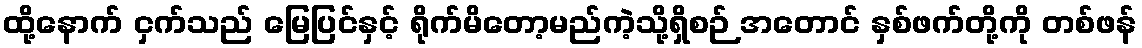
ထို့နောက် ငှက်သည် မြေပြင်နှင့် ရိုက်မိတော့မည်ကဲ့သို့ရှိစဉ် အတောင် နှစ်ဖက်တို့ကို တစ်ဖန်